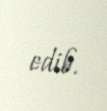
edib.